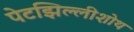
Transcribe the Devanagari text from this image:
पेटझिल्लीशोथ